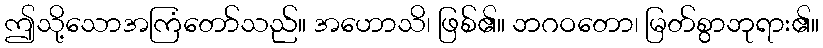
ဤသို့သောအကြံတော်သည်။ အဟောသိ၊ ဖြစ်၏။ ဘဂဝတော၊ မြတ်စွာဘုရား၏။